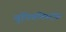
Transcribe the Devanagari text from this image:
यूनियनिस्ट्स